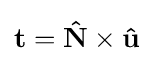
\mathbf {t} =\mathbf {\hat {N}} \times \mathbf {\hat {u}}